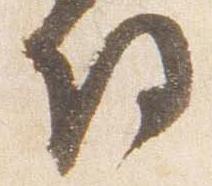
将